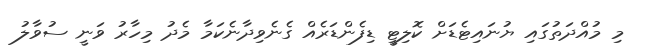
މި މުއްދަތުގައި ޔުނައިޓެޑަށް ކޮލިޓީ ޑިފެންޑަރެއް ގެނެވިދާނެކަމާ މެދު މިހާރު ވަނީ ސުވާލު